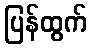
ပြန်ထွက်